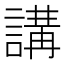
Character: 講